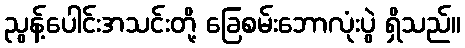
ညွန့်ပေါင်းအသင်းတို့ ခြေစမ်းဘောလုံးပွဲ ရှိသည်။